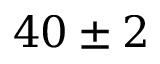
4 0 \pm 2